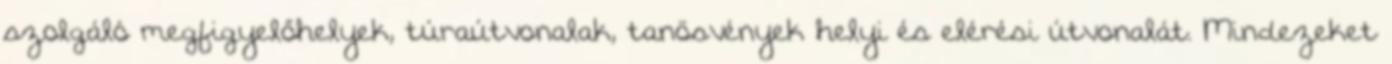
szolgáló megfigyelőhelyek, túraútvonalak, tanösvények helyi és elérési útvonalát. Mindezeket